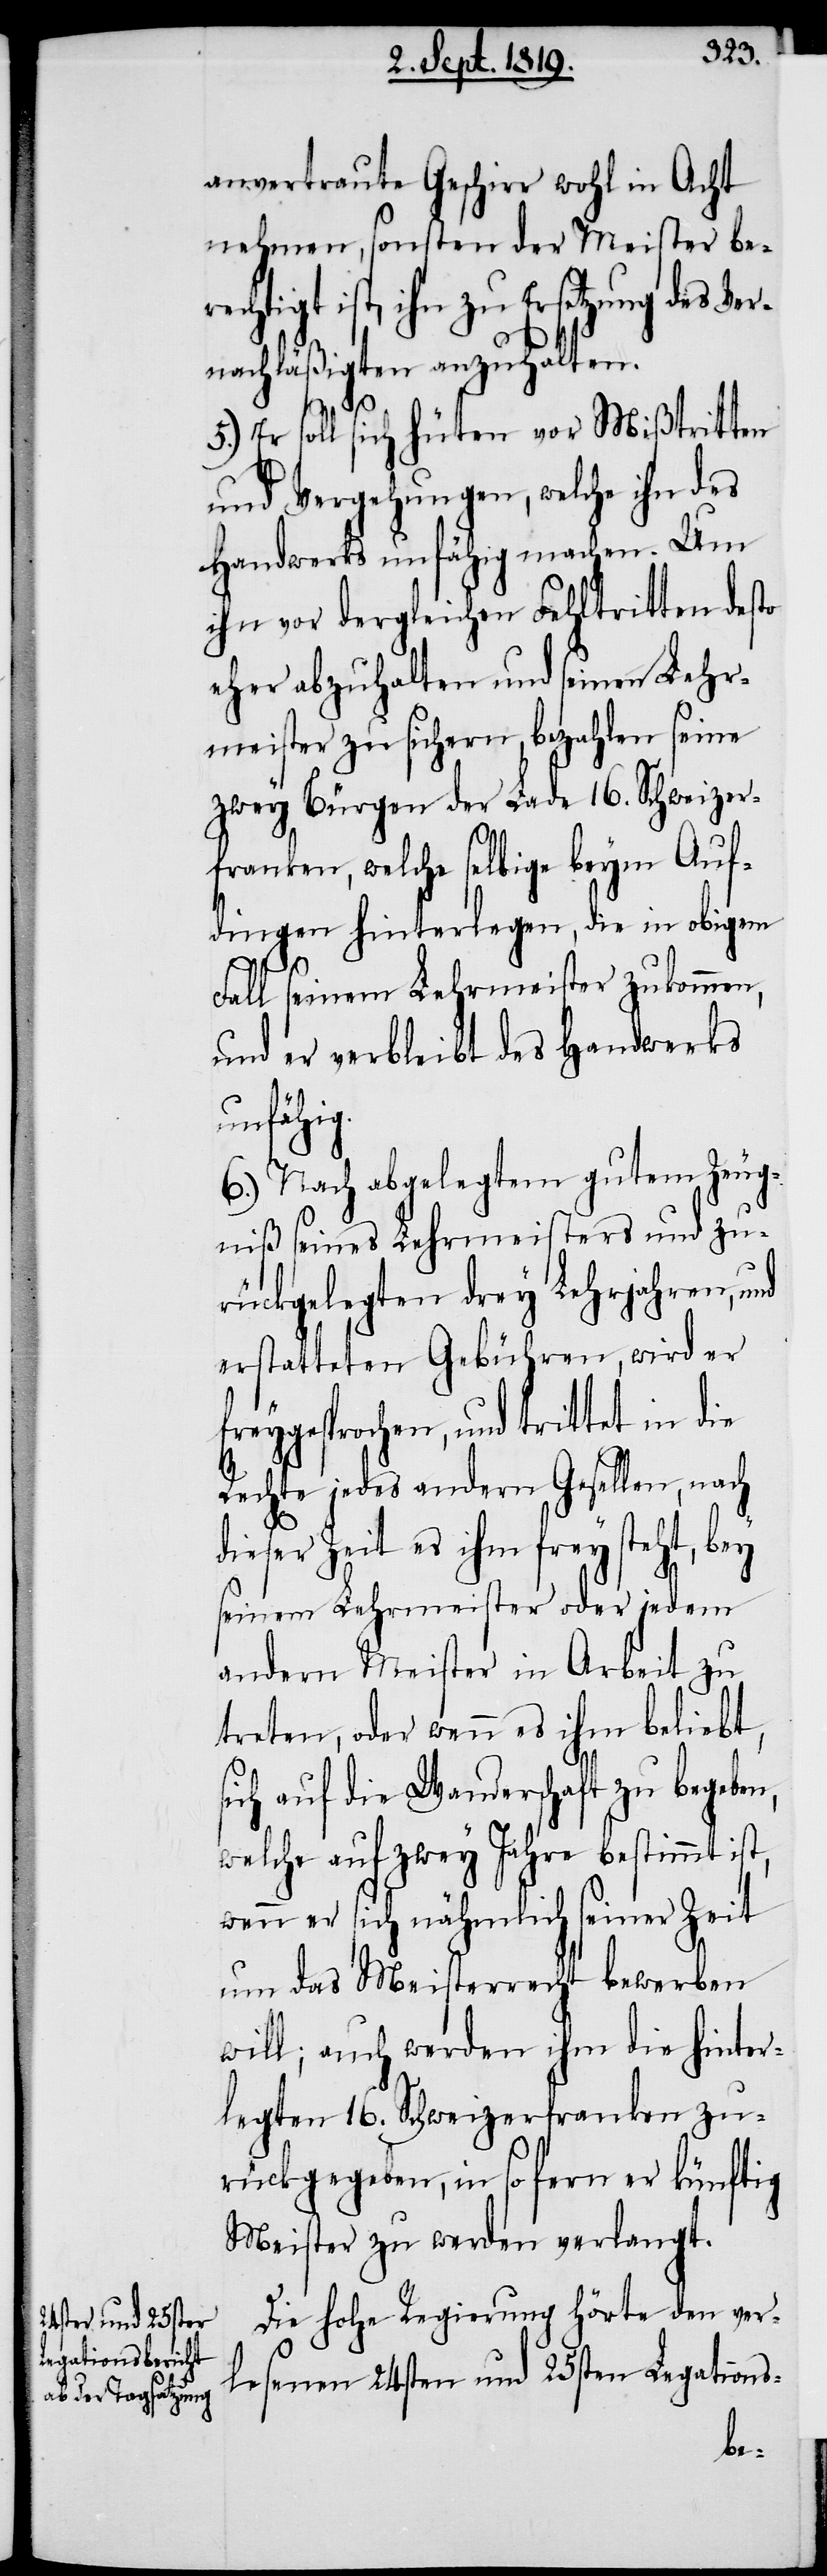
anvertraute Geschirr wohl in Acht
nehmen, sonsten der Meister be¬
rechtigt ist, ihn zu Ersetzung des Ver¬
nachläßigten anzuhalten.
5.) Er soll sich hüten vor Mißtritten
und Vergehungen, welche ihn des
Handwerks unfähig machen. Um
ihn vor dergleichen Fehltritten desto
eher abzuhalten und seinen Lehr¬
meister zu sichern, bezahlen seine
zwey Bürgen der Lade 16. Schweizer¬
franken, welche selbige beym Auf¬
dingen hinterlegen, die in obigem
Fall seinem Lehrmeister zukommen,
und er verbleibt des Handwerks
unfähig.
6.) Nach abgelegtem gutem Zeug¬
niß seines Lehrmeisters und zu¬
rückgelegten drey Lehrjahren, und
erstatteten Gebühren, wird er
freygesprochen, und trittet in die
Rechte jedes andern Gesellen, nach
dieser Zeit es ihm frey steht, bey
seinem Lehrmeister oder jedem
andern Meister in Arbeit zu
treten, oder wenn es ihm beliebt,
sich auf die Wanderschaft zu begeben,
welche auf zwey Jahre bestimmt ist,
wenn er sich nähmlich seiner Zeit
um das Meisterrecht bewerben
will; auch werden ihm die hinter¬
legten 16. Schweizerfranken zu¬
rückgegeben, in so fern er künftig
Meister zu werden verlangt.
Die hohe Regierung hörte den ver¬
lesenen 24sten und 25sten Legations-